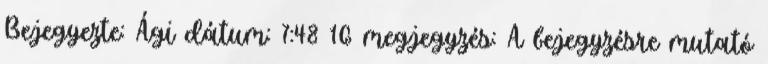
Bejegyezte: Ági dátum: 7:48 16 megjegyzés: A bejegyzésre mutató